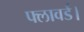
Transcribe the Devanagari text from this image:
फ्लावर्ड।